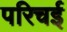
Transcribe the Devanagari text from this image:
परिचई